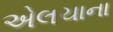
એલચાના